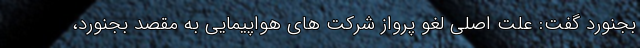
بجنورد گفت: علت اصلی لغو پرواز شرکت های هواپیمایی به مقصد بجنورد،